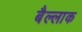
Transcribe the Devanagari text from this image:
बैल्लाक